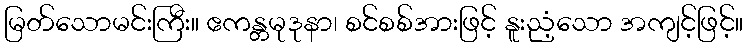
မြတ်သောမင်းကြီး။ ဧကန္တမုဒုနာ၊ စင်စစ်အားဖြင့် နူးညံ့သော အကျင့်ဖြင့်။